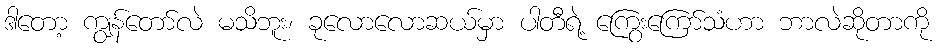
ဒါတော့ ကျွန်တော်လဲ မသိဘူး၊ ခုလောလောဆယ်မှာ ပါတီရဲ့ ကြွေးကြော်သံဟာ ဘာလဲဆိုတာကို